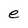
Character: e